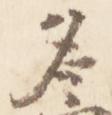
名